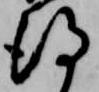
得